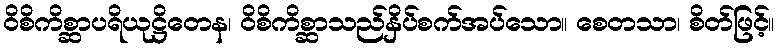
ဝိစိကိစ္ဆာပရိယုဋ္ဌိတေန၊ ဝိစိကိစ္ဆာသည်နှိပ်စက်အပ်သော။ စေတသာ၊ စိတ်ဖြင့်။